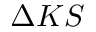
\Delta K S